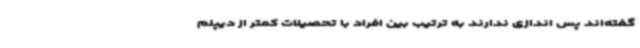
گفته‌اند پس اندازی ندارند به ترتیب بین افراد با تحصیلات کمتر از دیپلم